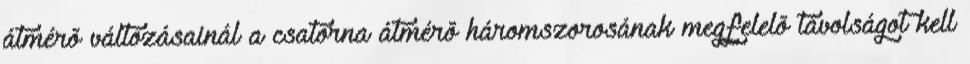
átmérõ változásainál a csatorna átmérõ háromszorosának megfelelõ távolságot kell